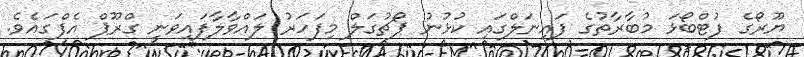
ޔޫރޯގެ ފުޓްބޯޅަ މުބާރާތުގެ ފައިނަލްގައި ކުޅުނު ޕޯޗުގަލް މިފަހަރު ލައްވާލާފައިވަނީ ގްރޫޕް އެފްގައެވެ.